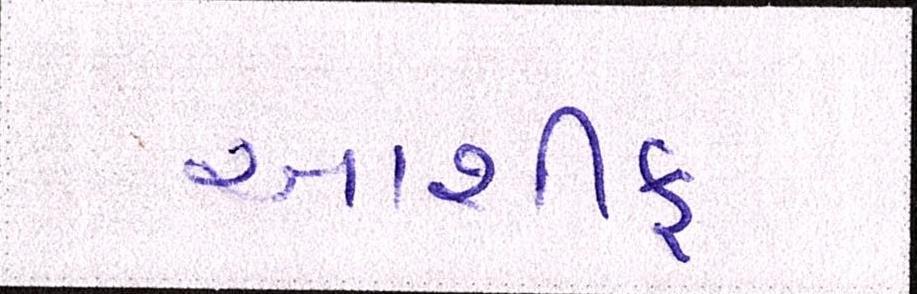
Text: આશીફ